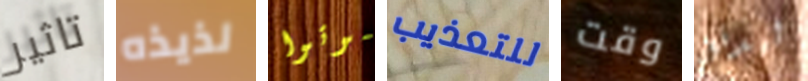
تاثير لذيذه موتوا للتعذيب وقت ليدفع